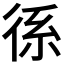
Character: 𭛭